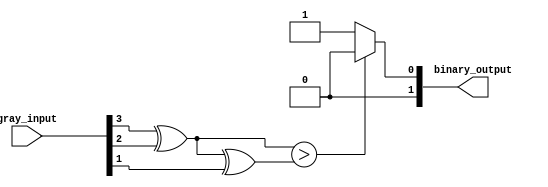
module gray_priority_encoder(
    input [3:0] gray_input,
    output reg [1:0] binary_output
);

reg [1:0] binary_input;
reg [1:0] priority_output;

always @* begin
    // Convert Gray code to binary code using cascaded XOR gates
    binary_input[1] = gray_input[3] ^ gray_input[2];
    binary_input[0] = binary_input[1] ^ gray_input[1];
    
    // Priority encoder to determine highest priority input
    if (binary_input[1] > binary_input[0]) begin
        priority_output = {binary_input[1], 2'b00};
    end else begin
        priority_output = {binary_input[0], 2'b01};
    end
end

assign binary_output = priority_output;

endmodule